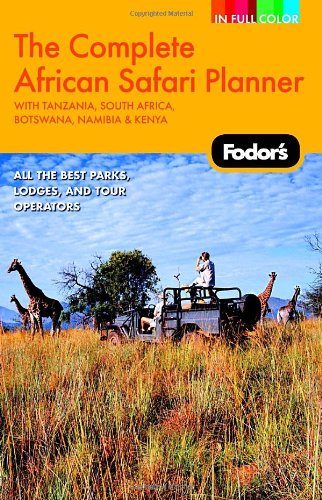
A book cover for Fodor's The Complete African Safari Planner, 1st Edition: With Botswana, Kenya, Namibia, South Africa & Tanzania (Full-color Travel Guide); Fodor's; Travel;